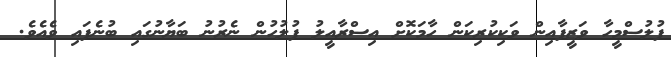
ފުލުސްމީހާ ވަޒީފާއިން ވަކިކުރިކަން ހާމަކޮށް އިސްރާއީލު ފުލުހުން ނެރުނު ބަޔާނުގައި ބުނެފައި ވެއެވެ.